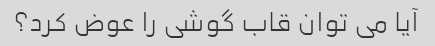
آیا می توان قاب گوشی را عوض کرد؟